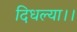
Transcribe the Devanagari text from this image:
दिधल्या।।